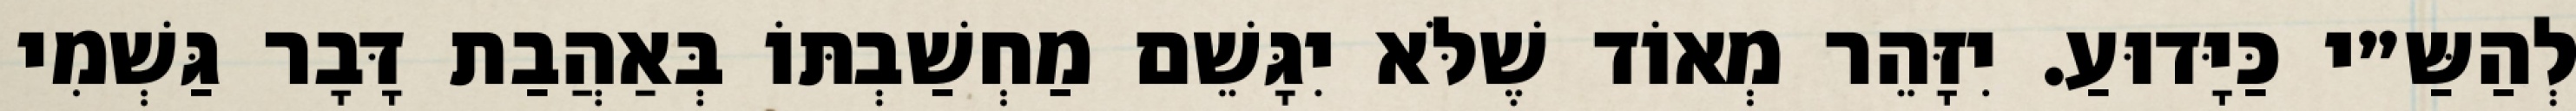
לְהַשַּ״י כַּיָּדוּעַ. יִזָּהֵר מְאוֹד שֶׁלֹּא יִגָּשֵׁם מַחְשַׁבְתּוֹ בְּאַהֲבַת דָּבָר גַּשְׁמִי